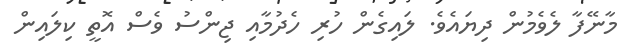
މާނޭފާ ލެވެމުން ދިޔައެވެ. ލައިގެން ހުރި ހެދުމާއި ޖިންސު ވެސް އޮތީ ކިލައިން